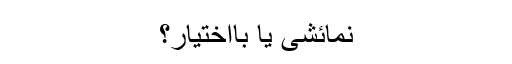
نمائشی یا بااختیار؟